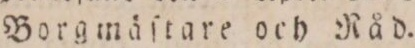
Borgmäſtare och Råd.